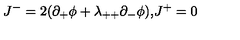
J ^ { - } = 2 ( \partial _ { + } \phi + \lambda _ { + + } \partial _ { - } \phi ) \mathrm { , } J ^ { + } = 0